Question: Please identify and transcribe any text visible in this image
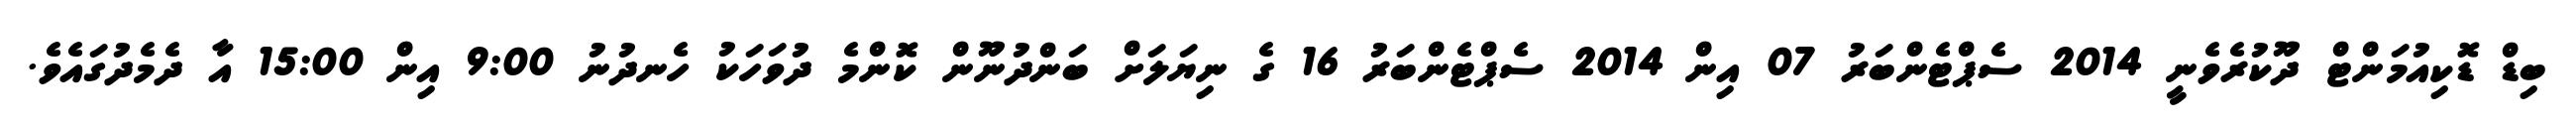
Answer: ބިޑް ޑޮކިއުމަންޓް ދޫކުރެވެނީ 2014 ސެޕްޓެންބަރު 07 އިން 2014 ސެޕްޓެންބަރު 16 ގެ ނިޔަލަށް ބަންދުނޫން ކޮންމެ ދުވަހަކު ހެނދުނު 9:00 އިން 15:00 އާ ދެމެދުގައެވެ.